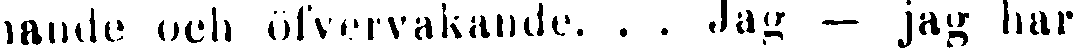
nande och vakande. . . Jag — jag har